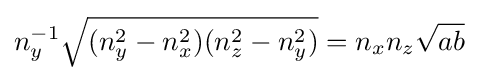
n_{y}^{-1}{\sqrt {(n_{y}^{2}-n_{x}^{2})(n_{z}^{2}-n_{y}^{2})}}=n_{x}n_{z}{\sqrt {ab}}